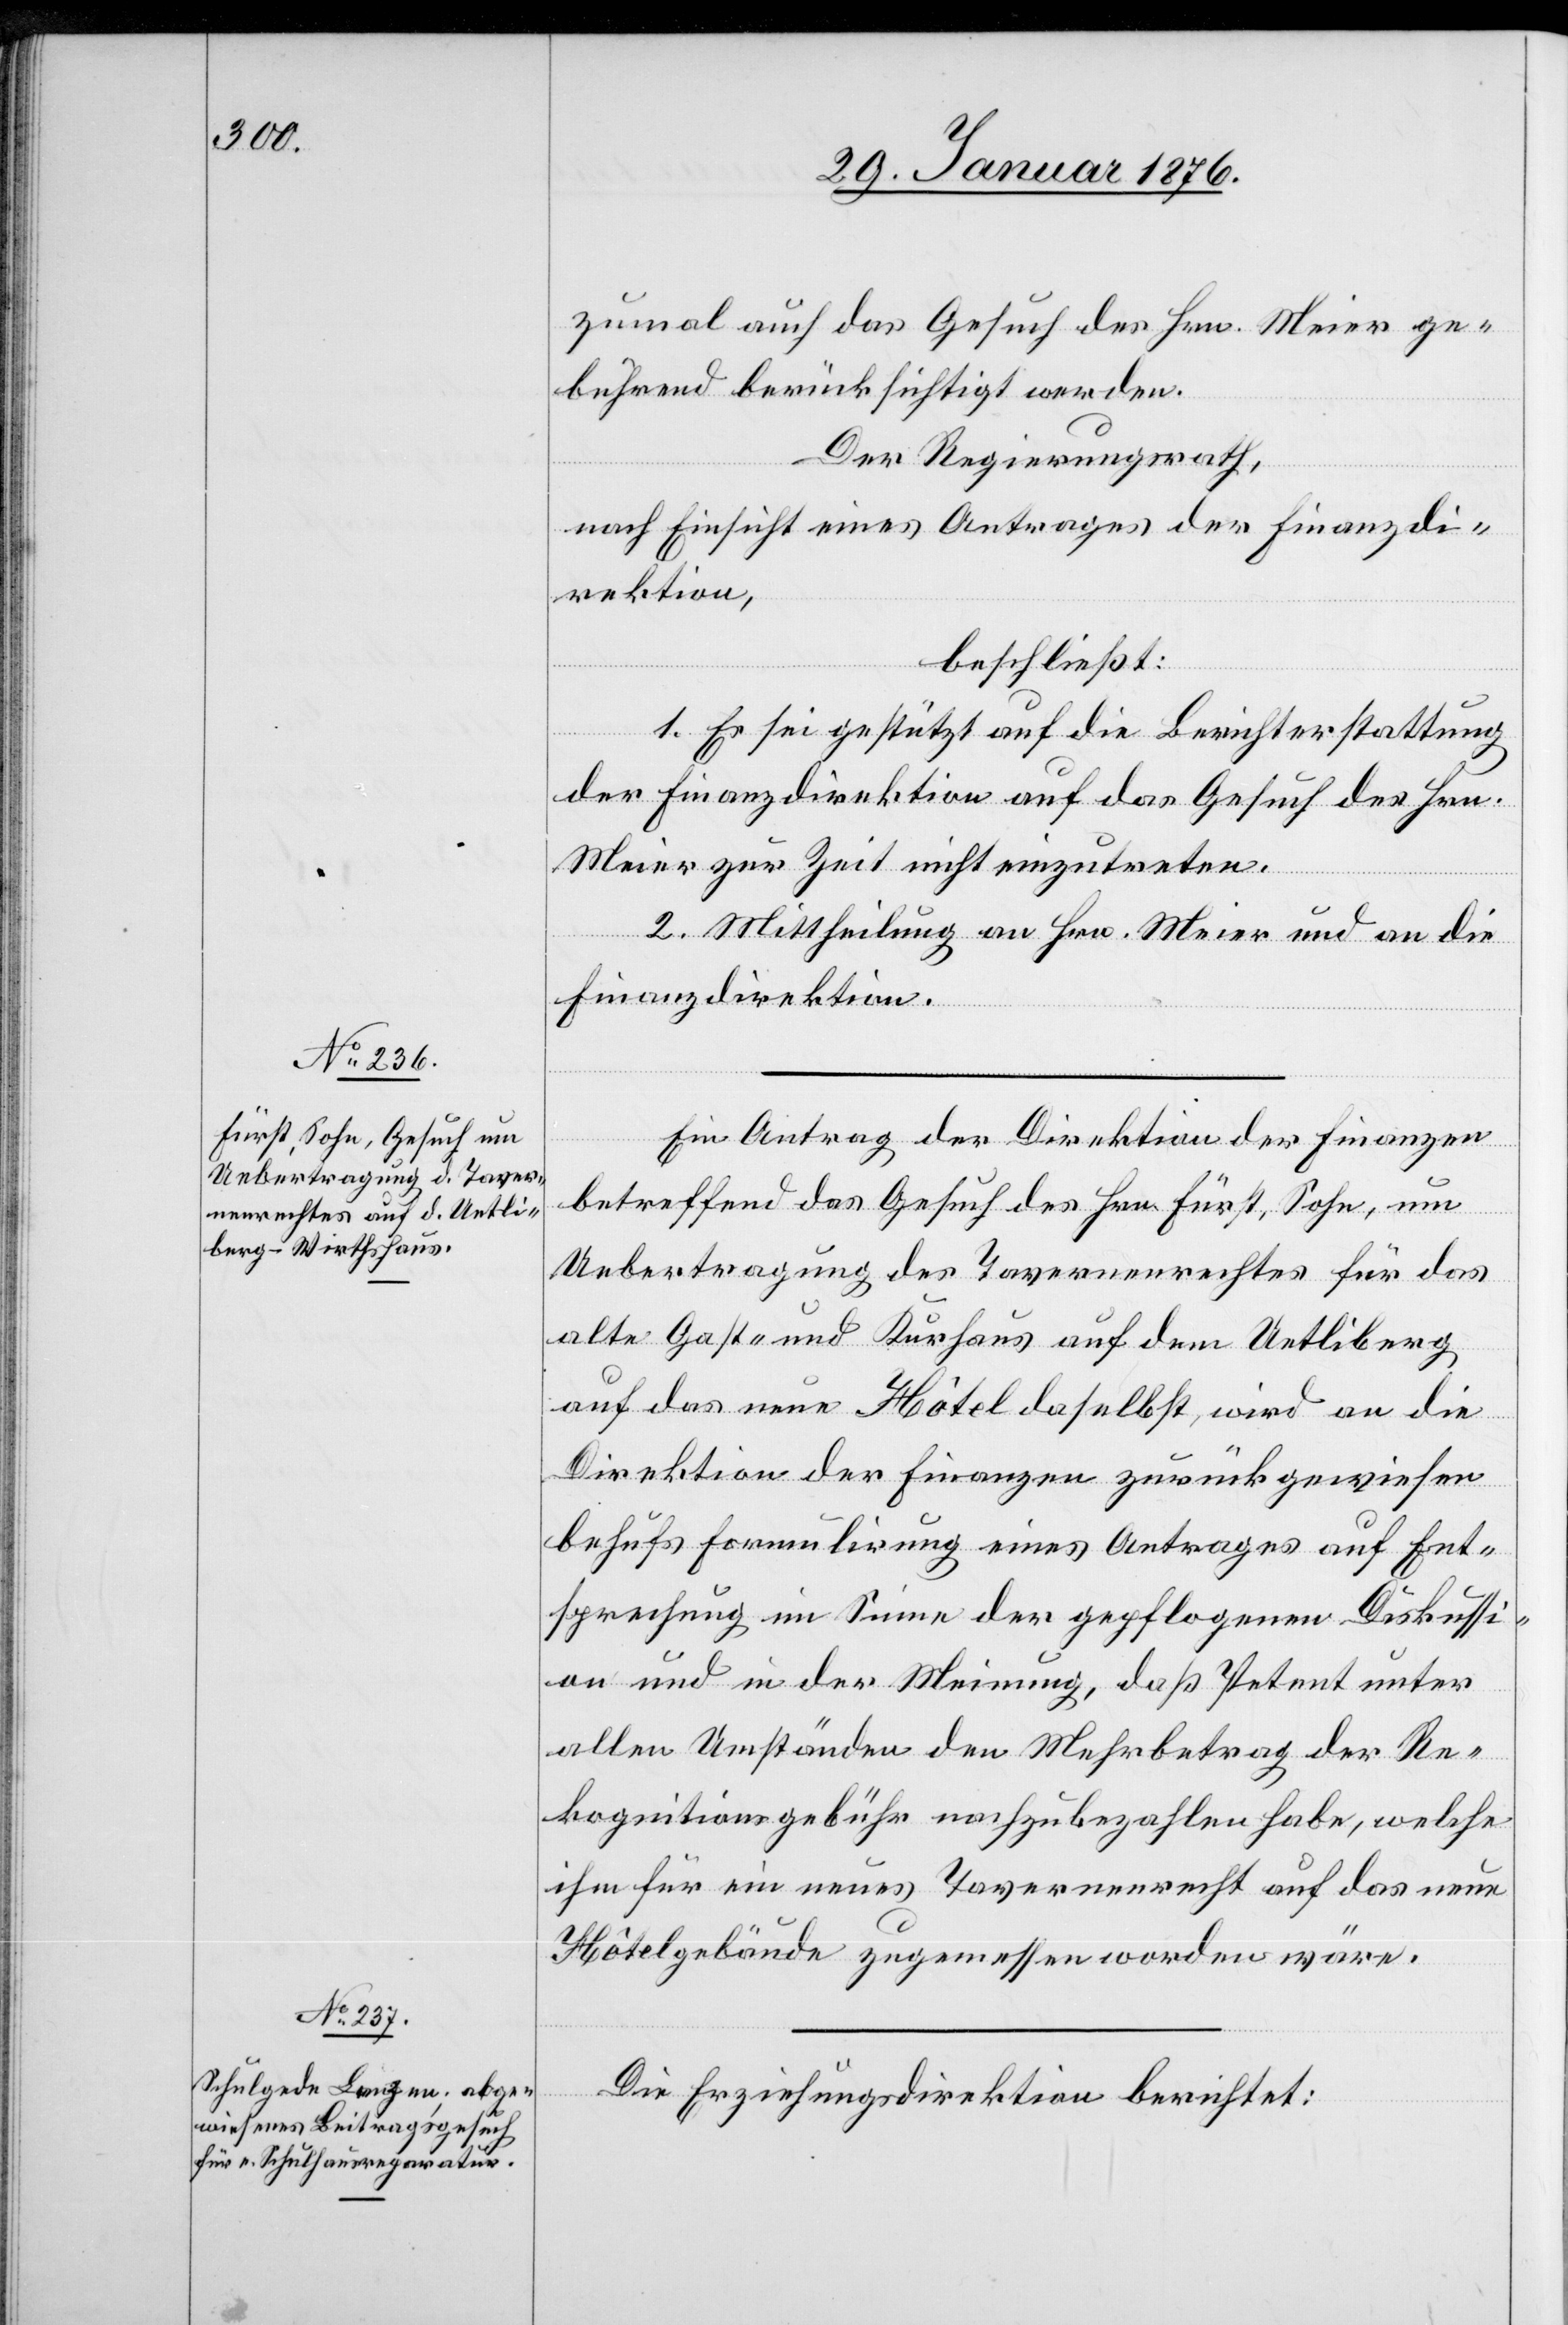
zumal auf das Gesuch des Hrn. Meier ge¬
bührend berücksichtigt werden.
Der Regierungsrath,
nach Einsicht eines Antrages der Finanzdi¬
rektion,
beschließt:
1. Es sei gestützt auf die Berichterstattung
der Finanzdirektion auf das Gesuch des Hrn.
Meier zur Zeit nicht einzutreten.
2. Mittheilung an Hrn. Meier und an die
Finanzdirektion.
Ein Antrag der Direktion der Finanzen
betreffend das Gesuch des Hrn. Fürst, Sohn, um
Uebertragung des Tavernenrechtes für das
alte Gast- und Kurhaus auf dem Uetliberg
auf das neue Hôtel daselbst, wird an die
Direktion der Finanzen zurückgewiesen
behufs Formulirung eines Antrages auf Ent¬
sprechung im Sinne der gepflogenen Diskussi¬
on und in der Meinung, daß Petent unter
Allen Umständen den Mehrbetrag der Re¬
kognitionsgebühr nachzubezahlen habe, welche
ihm für ein neues Tavernenrecht auf das neue
Hôtelgebäude zugemessen worden wäre.
Die Erziehungsdirektion berichtet: